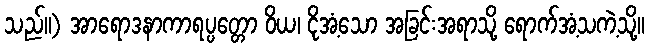
သည်။) အာရောဒနာကာရပ္ပတ္တော ဝိယ၊ ငိုအံ့သော အခြင်းအရာသို့ ရောက်အံ့သကဲ့သို့။